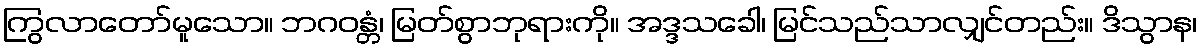
ကြွလာတော်မူသော။ ဘဂဝန္တံ၊ မြတ်စွာဘုရားကို။ အဒ္ဒသခေါ၊ မြင်သည်သာလျှင်တည်း။ ဒိသွာန၊